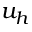
u _ { h }